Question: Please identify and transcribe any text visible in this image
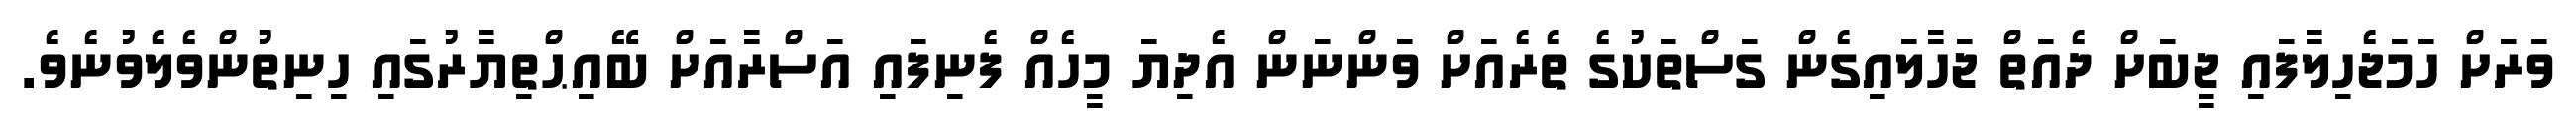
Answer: ވަރަށް ހަމަޖެހިލާފައި ޖީބަށް ދެއަތް ޖަހާލައިގެން ގަސްތަކުގެ ތެރެއަށް ވަންނަން އެދިޔަ މީހެއް ފެނިފައި އަސްރާއަށް ބޭއިޙްތިޔާރުގައި ހިނިތުންވެލެވުނެވެ.